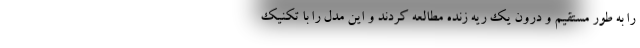
را به طور مستقیم و درون یک ریه زنده مطالعه کردند و این مدل را با تکنیک